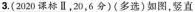
3.(2020课标Ⅱ，20，6分)(多选)如图，竖直